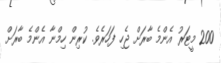
200 މީޓަރު އެންމެ ބާރަށް ޖެހި ފަހަރެވެ. ކުރިން ހިމްނާ އެންމެ ބާރަށް